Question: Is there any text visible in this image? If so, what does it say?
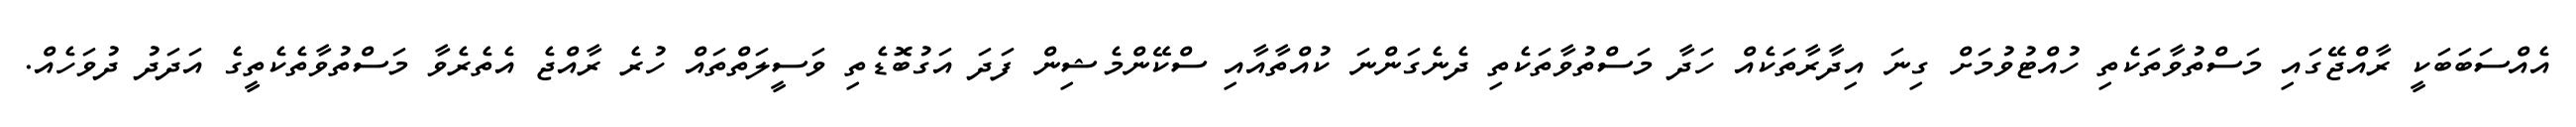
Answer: އެއްސަބަބަކީ ރާއްޖޭގައި މަސްތުވާތަކެތި ހުއްޓުވުމަށް ގިނަ އިދާރާތަކެއް ހަދާ މަސްތުވާތަކެތި ދެނެގަންނަ ކުއްތާއާއި ސްކޭންމެޝިން ފަދަ އަގުބޮޑެތި ވަސީލަތްތައް ހުރެ ރާއްޖެ އެތެރެވާ މަސްތުވާތެކެތީގެ އަދަދު ދުވަހެއް.